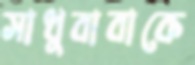
সাধুবাবাকে